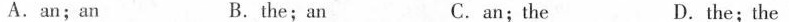
A.an;an B.the;an C.an;the D.the; the